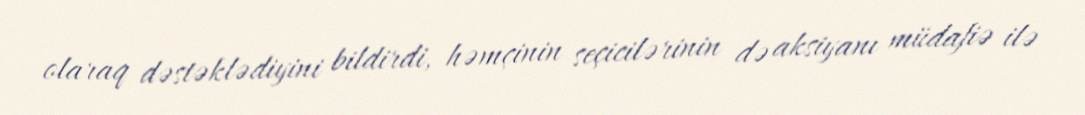
olaraq dəstəklədiyini bildirdi, həmçinin seçicilərinin də aksiyanı müdafiə ilə